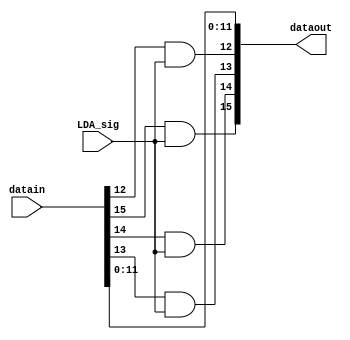
module LDA_LDI(
    input [15:0] datain,
    input LDA_sig,
    output [15:0] dataout
);

assign dataout[15] = datain[15] & LDA_sig;
assign dataout[14] = datain[14] & LDA_sig;
assign dataout[13] = datain[13] & LDA_sig;
assign dataout[12] = datain[12] & LDA_sig;
assign dataout[11:0] = datain[11:0];

endmodule